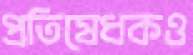
প্রতিষেধকও